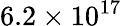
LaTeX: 6.2\times 10^{17}